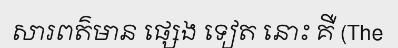
សារពត៌មាន ផ្សេង ទៀត នោះ គឺ (The